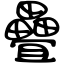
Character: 疊